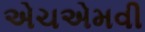
એચએમવી